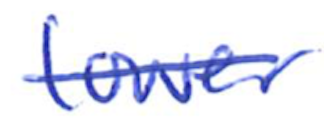
Text: lower
Cross-out: single-line
Writing tool: ballpoint